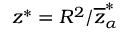
z ^ { * } = R ^ { 2 } / \overline { { z } } _ { \alpha } ^ { * }